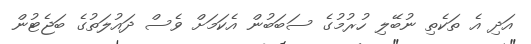
އަދި އެ ތަކެތި ނުބޭލި ހުރުމުގެ ސަބަބުން އެކަމަށް ވެސް ދައުލަތުގެ ބަޖެޓުން